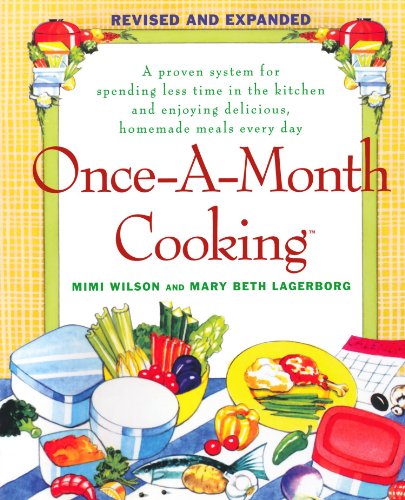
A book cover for Once-A-Month Cooking: A Proven System for Spending Less Time in the Kitchen and Enjoying Delicious, Homemade Meals Every Day; Mary Beth Lagerborg; Cookbooks, Food & Wine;